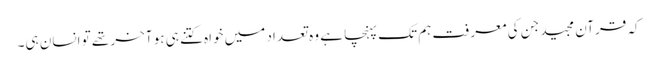
کہ قرآن مجید جن کی معرفت ہم تک پہنچا ہے وہ تعداد میں خواہ کتنے ہی ہو آخر تھے تو انسان ہی۔